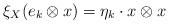
LaTeX: \begin{align*}\xi_{X}(e_{k}\otimes x)=\eta_{k}\cdot x\otimes x\end{align*}